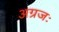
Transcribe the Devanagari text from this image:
अग्रजः